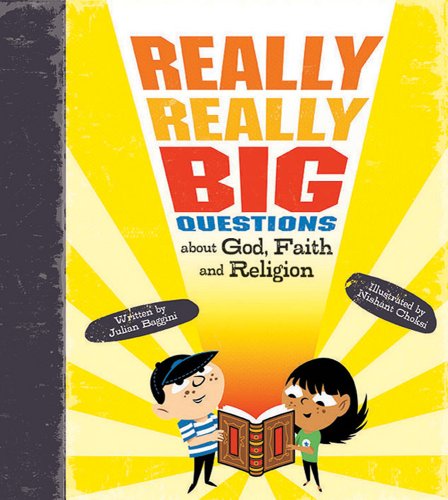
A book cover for Really, Really Big Questions About God, Faith, and Religion; Julian Baggini; Children's Books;